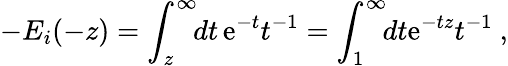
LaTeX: -E_{i}(-z)=\int_{z}^{\infty}\! \! dt\, {\mathrm e}^{-t}t^{-1}=\int_{1}^{\infty}\! \! dt{\mathrm e}^{-tz}t^{-1}\ ,